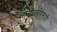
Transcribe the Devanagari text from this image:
संगीतसेवेसाठी